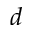
d